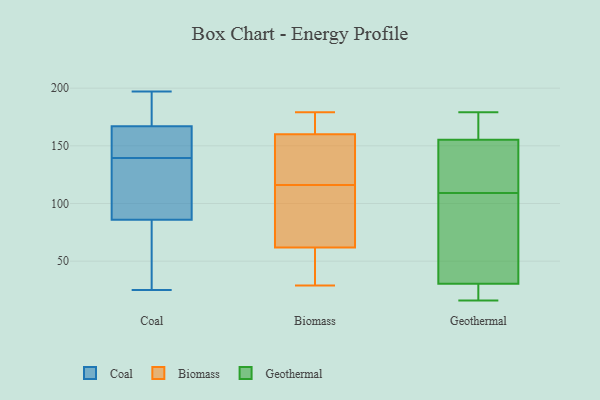
{"axis": {"x": "Latency (ms)", "y": "Value"}, "legend": ["Biomass", "Coal", "Geothermal"], "data": [{"x": "", "y": 167, "type": "Coal"}, {"x": "", "y": 197, "type": "Coal"}, {"x": "", "y": 86, "type": "Coal"}, {"x": "", "y": 147, "type": "Coal"}, {"x": "", "y": 63, "type": "Coal"}, {"x": "", "y": 49, "type": "Coal"}, {"x": "", "y": 25, "type": "Coal"}, {"x": "", "y": 133, "type": "Coal"}, {"x": "", "y": 168, "type": "Coal"}, {"x": "", "y": 31, "type": "Coal"}, {"x": "", "y": 168, "type": "Coal"}, {"x": "", "y": 142, "type": "Coal"}, {"x": "", "y": 141, "type": "Coal"}, {"x": "", "y": 160, "type": "Coal"}, {"x": "", "y": 173, "type": "Coal"}, {"x": "", "y": 138, "type": "Coal"}, {"x": "", "y": 117, "type": "Coal"}, {"x": "", "y": 124, "type": "Coal"}, {"x": "", "y": 173, "type": "Biomass"}, {"x": "", "y": 44, "type": "Biomass"}, {"x": "", "y": 116, "type": "Biomass"}, {"x": "", "y": 58, "type": "Biomass"}, {"x": "", "y": 179, "type": "Biomass"}, {"x": "", "y": 63, "type": "Biomass"}, {"x": "", "y": 29, "type": "Biomass"}, {"x": "", "y": 131, "type": "Biomass"}, {"x": "", "y": 123, "type": "Biomass"}, {"x": "", "y": 157, "type": "Biomass"}, {"x": "", "y": 169, "type": "Biomass"}, {"x": "", "y": 73, "type": "Biomass"}, {"x": "", "y": 105, "type": "Biomass"}, {"x": "", "y": 153, "type": "Geothermal"}, {"x": "", "y": 25, "type": "Geothermal"}, {"x": "", "y": 119, "type": "Geothermal"}, {"x": "", "y": 131, "type": "Geothermal"}, {"x": "", "y": 29, "type": "Geothermal"}, {"x": "", "y": 92, "type": "Geothermal"}, {"x": "", "y": 179, "type": "Geothermal"}, {"x": "", "y": 170, "type": "Geothermal"}, {"x": "", "y": 16, "type": "Geothermal"}, {"x": "", "y": 162, "type": "Geothermal"}, {"x": "", "y": 109, "type": "Geothermal"}, {"x": "", "y": 175, "type": "Geothermal"}, {"x": "", "y": 23, "type": "Geothermal"}, {"x": "", "y": 72, "type": "Geothermal"}, {"x": "", "y": 31, "type": "Geothermal"}, {"x": "", "y": 52, "type": "Geothermal"}, {"x": "", "y": 110, "type": "Geothermal"}]}